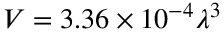
V = 3 . 3 6 \times 1 0 ^ { - 4 } \lambda ^ { 3 }